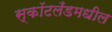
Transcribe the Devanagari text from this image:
स्कॉटलँडमधील